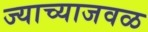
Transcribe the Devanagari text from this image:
ज्याच्याजवळ